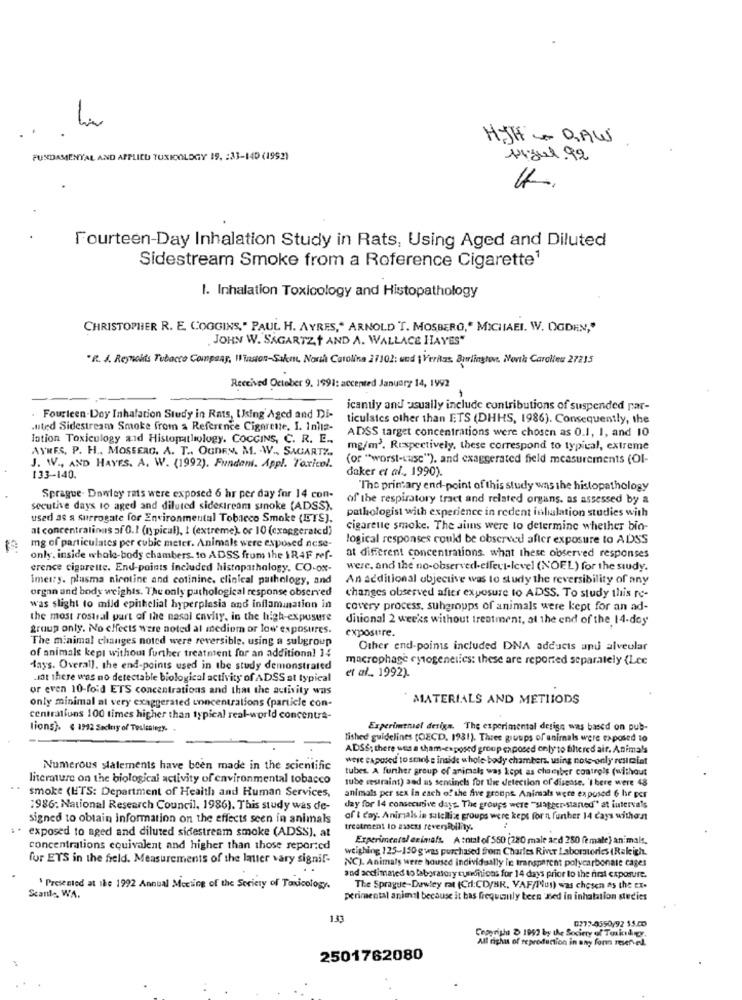
HiJH . O,AW
FUNDAMENTAL AND APPLIED TOXICOLOGY 19. : 33-140 (1992)
Miguel.92
Fourteen-Day Inhalation Study in Rats, Using Aged and Diluted
Sidestream Smoke from a Reference Cigarette1
1. Inhalation Toxicology and Histopathology
CHRISTOPHER R. E. COGGINS," PAUL H. AYRES," ARNOLD T. MOSBERG," MICHAEL. W. OGDEN,"
. JOHN W. SAGARTZT AND A. WALLACE HAYES"
.R. J. Reynolds Tobacco Compsay, Winston-Salem, North Carolina 27102: und | Veritas Burlington. North Caralles 27215
Received October 9. 1991: accented January 14, 1992
icantly and usually include contributions of suspended par-
Fourteen-Doy Inhalation Study in Rats, Using'Aged and DE-
ticulates other than ETS (DHHS, 1986). Consequently, the
.uted Sidestream Smoke from a Reference Cigarette. I. Iniz-
ADSS target concentrations were chosen as 0.1, I, and 10
lation Toxicology and Histopathology. COCCINS, C. R. E ..
AYRES, P. H ., MOSSERG. A. T ., OGDE,y. M. W ., SAGARTZ.
mg/m3. Respectively, these correspond to typical, extreme
(or "worst-case"), and exaggerated field measurements (OI-
J. W ., AND HAYES. A. W. (1992). Fundemi. Appl. Toxicol.
daker et al ., 1990).
133-140.
"The printary end-point of this study was the histopathology
Sprague. Dawley rats were exposed 6 hr per day for 14 con-
of the respiratory tract and related organs, as assessed by a
secutive days to aged and diluted sidestream smoke (ADSS).
pathologist with experience in redent inhalation studies with
used as a surrogate for Environmental Tobacco Smoke (ITS).
at concentrations of 0.1 (npical), I (extreme), or 10 (exaggerated)
cigarette smoke. The sims were to determine whether bio-
logical responses could be observed after exposure to ADSS
mg of particulates per cubic meter. Animals were exposed nese-
only. inside whole-body chambers. to ADSS from the 1R4F ref-
at different concentrations. what these observed responses
crence cigarette. End-points included histopathology. CO-ox-
were, and the no-observed-ellevt-level (NOEL) for the study.
imer:y. plusma nicotine and cotinine. clinical pathology, and
An additional objective was to study the reversibility of any
organ and body weights. The only pathological response observed
changes observed after exposure to ADSS. To study this re-
was slight to mild epithelial hyperplasia and inflammation in
covery process, suhgroups of animals were kept for an ad-
the most rostral part of the nasal cavity, in the high-exposure
ditional 2 weeks without treatment, at the end of the 14-doy
group only. No effects were noted al mediom or low' exposures.
exposure.
The minimal changes noted were reversible. using a subgroup
Other end-points included DNA adducts and alveolar
of animals kept without further treatment for an additional 14
macrophage rysogenelles: these are reported separately (Lce
days. Overall, the end-points used in the study demonstrated
et al ., 1992).
.it there was no detectable biological activity of ADSS at typical
or even 10-fold ETS concentrations and that the activity was
only minimal at very exaggerated unncentralions (particle con-
MATERIALS AND METIIODS
centraluns 100 times higher than typical real-world concentra-
tions). € 1742 Sectriy of Tealcalegy.
Experimthiel deriga. The experimental design was based on pub-
lished guidelines (OECD. 1931). Three groups of animals were exposed to
ADSS; there was a sham-exposed group exposed only to filtered air, Animals
were exposed to smoke inside whole body chambers, using nots-only restciat
Numerous statements have been made in the scientific
tubes. A further group of animals was kept as chamber controls (without
literature on the biological activity of environmental tobacco
tube restraint) and as sensinchs for the detection of disease. 'I bere were 48
smoke (ETS: Department of Health and Human Services,
animals per sex in each of the five groups. Animals were exposed 6 hr per
:986; National Research Council, 1986). This study was de-
day for 14 consecutive days. The groups were "slapper staned" at intervals
signed to obtain information on the effects seen in animals
of t day. Animals in satellite groups were keps forn further 14 days without
** exposed to aged and diluted sidestream smoke (ADSS], at
treatment lo mascus reversibility.
Experimental eximafs. A total of 550 [220 male and 250 female) animals.
concentrations equivalent and higher than those reported
weighing 125-150 g was purchased from Charles River Laboratories (Raleigh.
for ETS in the field. Measurements of the latter vary signif-
NCJ. Animals were housed individually in transparent polycarbonate cages
and acclimated to laboratory cuiminions for 14 days prior to the first exposure.
\ Presented at the 1992 Annual Meeting of the Sericty of Toxicology.
The Sprague-Dewley rat (Crl:CD/BR. VAF/Put) was chosen as the ex.
Scant- WA.
perimental animal because it bas frequently been Jed in inhalation studies
133
0777-4550/92 15.00
Copyright & 1992 by the Society of Toskid gy.
All right of reproduction in any form reserved.
2501762080